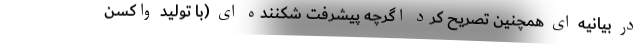
در بیانیه ای همچنین تصریح کرد اگرچه پیشرفت شکننده ای (با تولید واکسن